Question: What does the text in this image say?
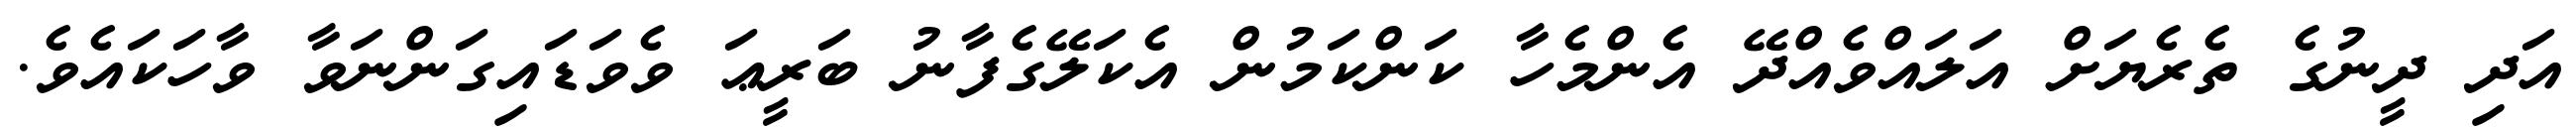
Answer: އަދި ދީނުގެ ތެރެޔަށް އަލައްވެއްދޭ އެންމެހާ ކަންކަމުން އެކަލޭގެފާނު ބަރީޢަ ވެވަޑައިގަންނަވާ ވާހަކައެވެ.